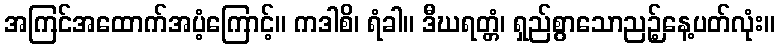
အကြင်အထောက်အပံ့ကြောင့်။ ကဒါစိ၊ ရံခါ။ ဒီဃရတ္တံ၊ ရှည်စွာသောညဉ့်နေ့ပတ်လုံး။